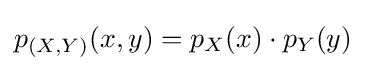
p_{(X,Y)}(x,y)=p_{X}(x)\cdot p_{Y}(y)